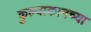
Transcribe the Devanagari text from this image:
कुल्वाकानच्या